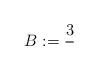
LaTeX: \begin{align*}B := \dfrac{3 }{ } \end{align*}